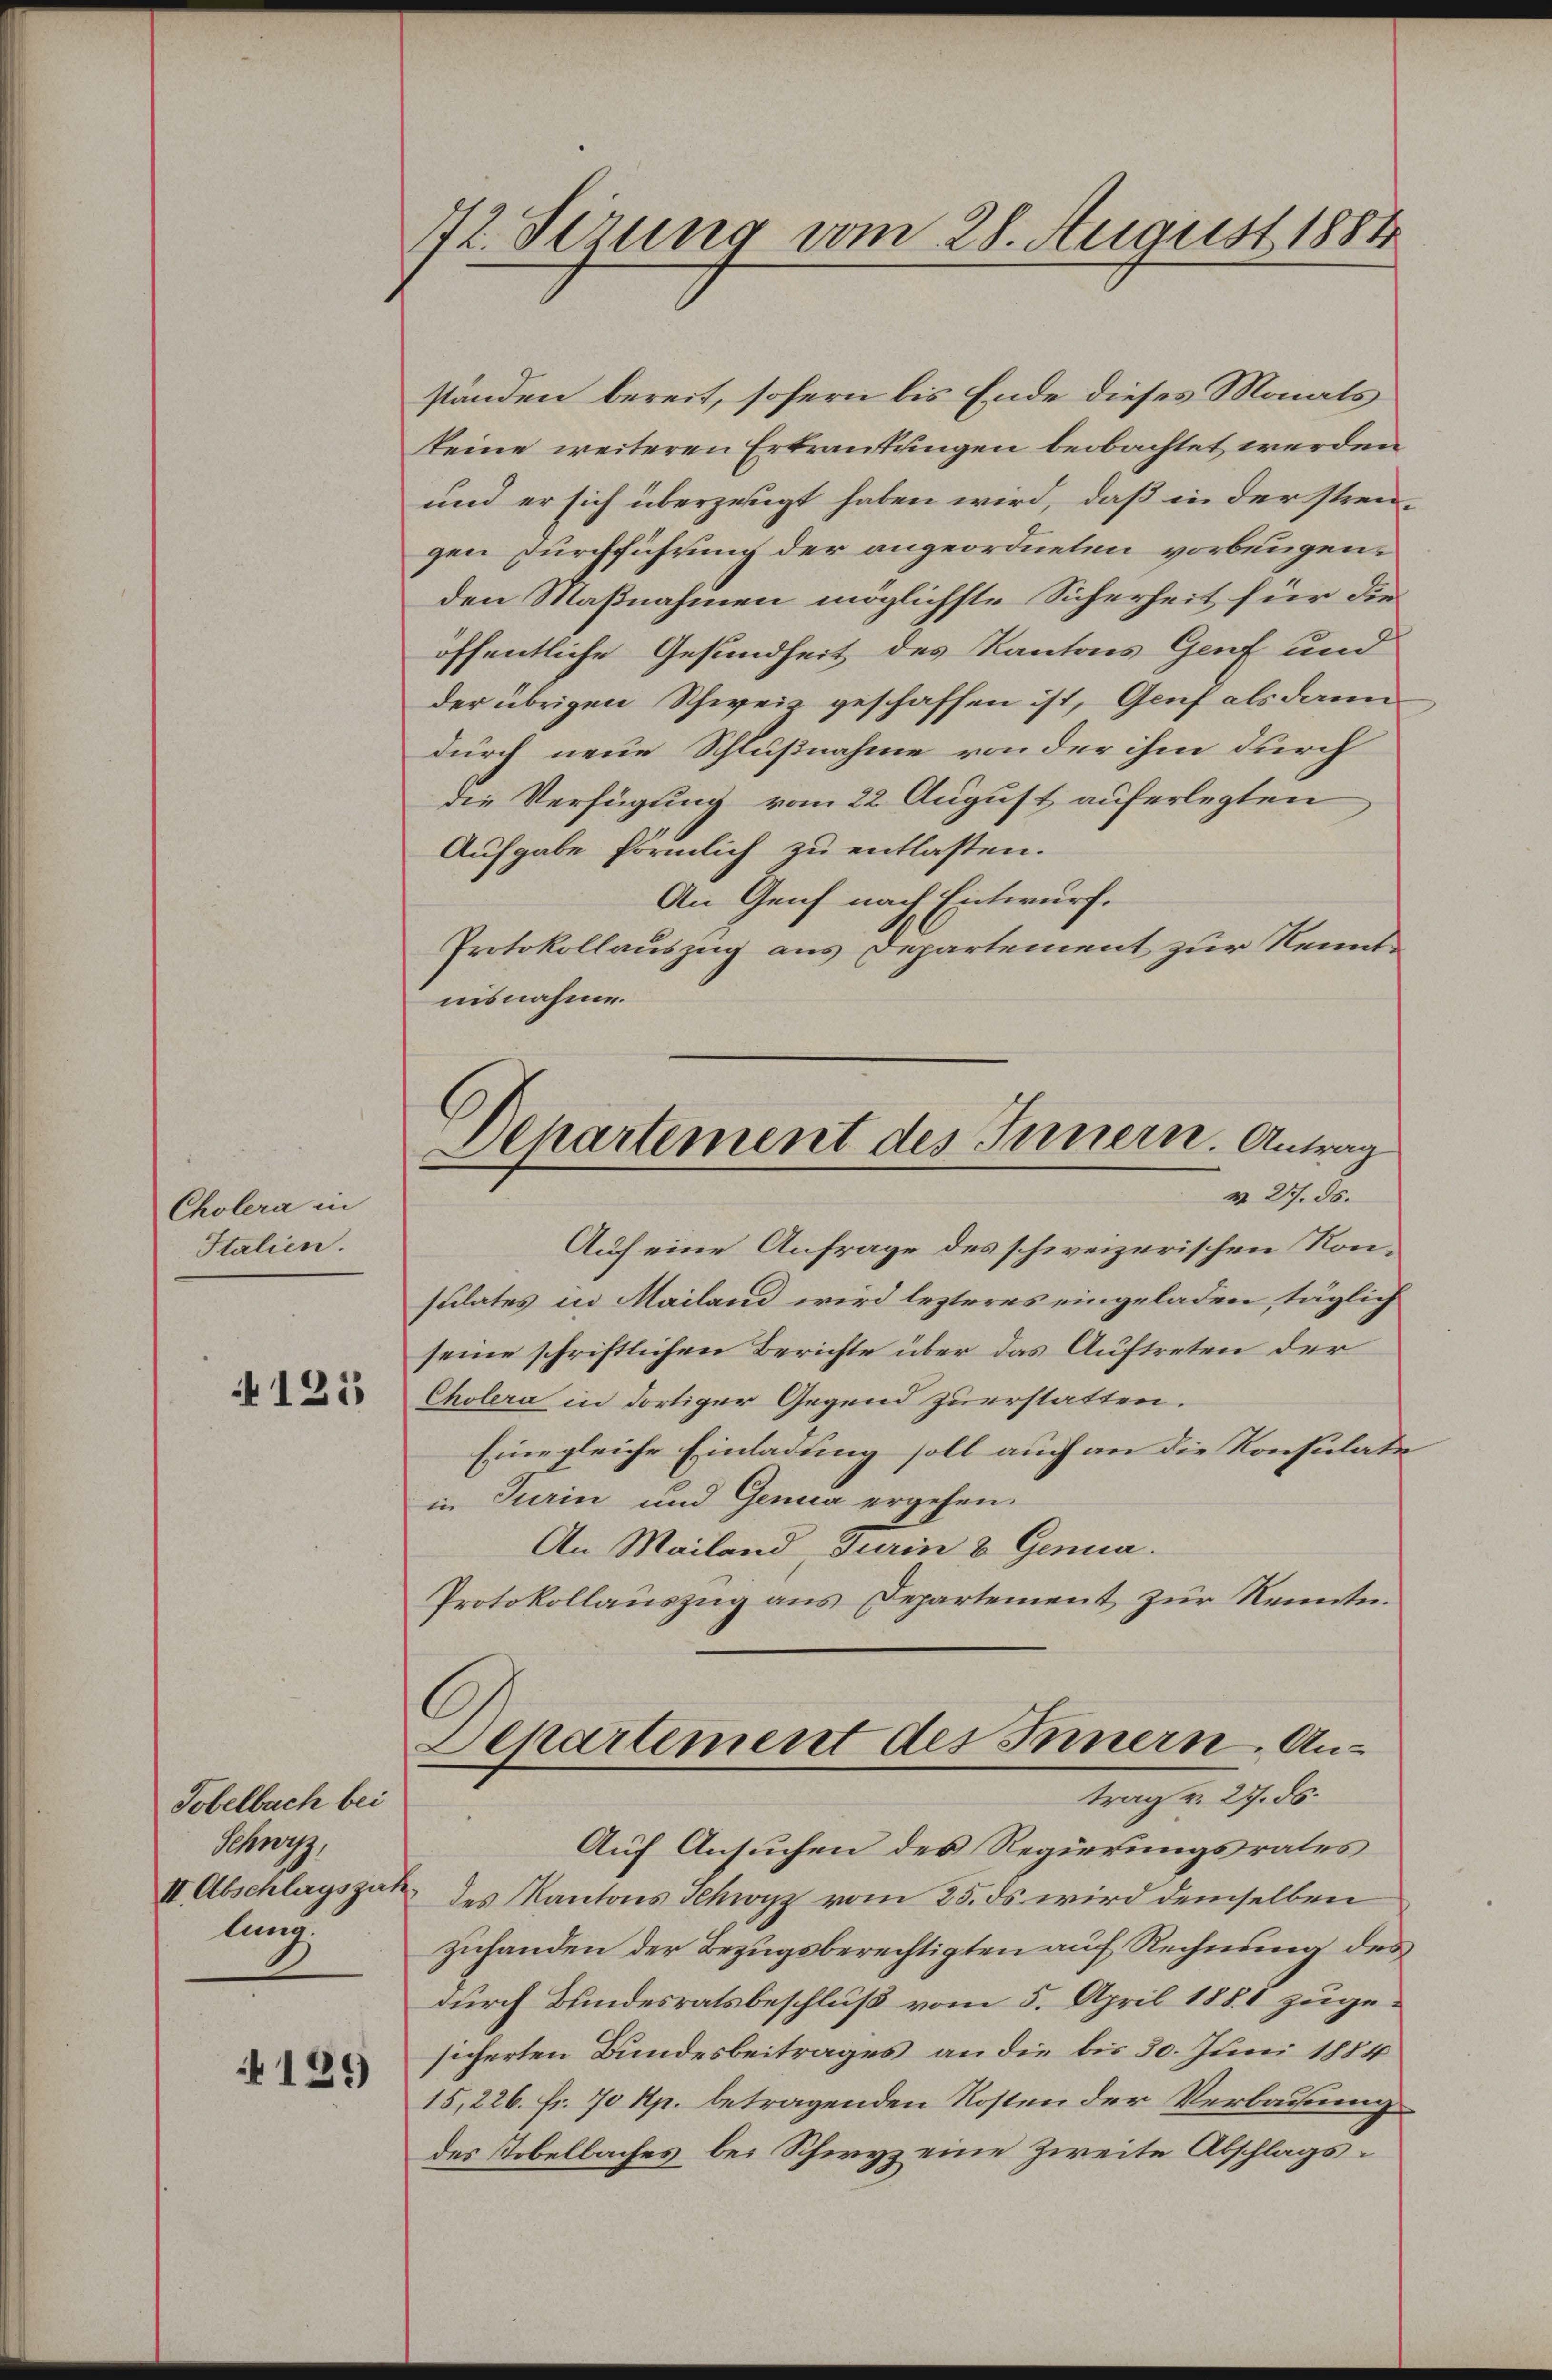
Cholera in
Italien.

125

Tobelbach bei
Snrg
II. Abschlagszah
lung.

139

12. Serung vom 28. August 1884

ständen bereit, sofern bis Ende dieses Monats
keine weiteren Erkrautungen beobachtet werden
und er sich überzeugt haben wird, daß in der strengen Durchführung der angeordneten vorbeugenden Maßnahmen möglichste Sicherheit für die
öffentliche Gesundheit des Kantons Genf und
der übrigen Schweiz geschaffen ist, Genf als dann
durch neue Schlußnahme von der ihm durch
die Verfügung vom 22. August auferlegten
Aufgabe förmlich zu entlassen.
An Genf nach Entwurf.
Protokollauszug aus Departement zur Kenntnisnahme.
Dehartement des Innern. Antrag
v. 27. ds.
Auf eine Anfrage des schweizerischen Nonsulates in Mailand wird lezteres eingeladen, täglich
seine schriftlichen Berichte über das Auftreten der
Cholera in dortiger Gegend zuerstatten.
Eine gleiche Einladung soll auch an die Konsulatiin Turin und Genua ergehen.
An Mailand, Turin & Genua.
Protokollauszug aus Departement zur Kenntn

C
Departement des Innern Antrag v. 27. ds.

Auf Ansuchen des Regierungsrates
des Kantons Schwyz vom 25. ds wird demselben
zuhanden der Bezugsberechtigten auf Rechnung des
durch Bundesratsbeschluß vom 5. April 1881 zugesicherten Bundesbeitrages an die bis 30. Juni 1884
15,226. fr. 70 Rp. betragenden Kosten der Verbauung
des Tobelbaches bei Schwyz eine Zweite Abschlags¬